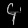
Digit: ၄